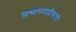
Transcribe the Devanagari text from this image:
विश्‍वासवाढीसाठी